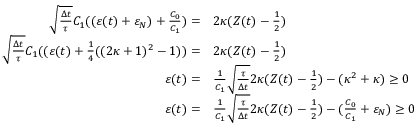
\begin{array} { r l } { \sqrt { \frac { \Delta t } { \tau } } C _ { 1 } ( ( \varepsilon ( t ) + \varepsilon _ { N } ) + \frac { C _ { 0 } } { C _ { 1 } } ) = } & { 2 \kappa ( Z ( t ) - \frac { 1 } { 2 } ) } \\ { \sqrt { \frac { \Delta t } { \tau } } C _ { 1 } ( ( \varepsilon ( t ) + \frac { 1 } { 4 } ( ( 2 \kappa + 1 ) ^ { 2 } - 1 ) ) = } & { 2 \kappa ( Z ( t ) - \frac { 1 } { 2 } ) } \\ { \varepsilon ( t ) = } & { \frac { 1 } { C _ { 1 } } \sqrt { \frac { \tau } { \Delta t } } 2 \kappa ( Z ( t ) - \frac { 1 } { 2 } ) - ( \kappa ^ { 2 } + \kappa ) \ge 0 } \\ { \varepsilon ( t ) = } & { \frac { 1 } { C _ { 1 } } \sqrt { \frac { \tau } { \Delta t } } 2 \kappa ( Z ( t ) - \frac { 1 } { 2 } ) - ( \frac { C _ { 0 } } { C _ { 1 } } + \varepsilon _ { N } ) \ge 0 } \end{array}